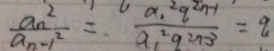
\frac { a _ { n } ^ { 2 } } { a _ { n } - 1 ^ { 2 } } = \frac { a _ { 1 } ^ { 2 } q ^ { 2 n - 1 } } { a _ { 1 } ^ { 2 } q ^ { 2 n - 3 } } = q